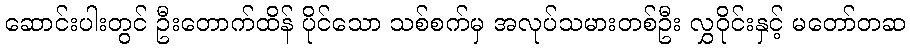
ဆောင်းပါးတွင် ဦးတောက်ထိန် ပိုင်သော သစ်စက်မှ အလုပ်သမားတစ်ဦး လွှဝိုင်းနှင့် မတော်တဆ